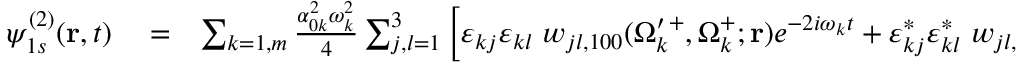
\begin{array} { r l r } { \psi _ { 1 s } ^ { ( 2 ) } ( \mathbf { r } , t ) } & { { } = } & { \sum _ { k = 1 , m } \frac { \alpha _ { 0 k } ^ { 2 } \omega _ { k } ^ { 2 } } { 4 } \sum _ { j , l = 1 } ^ { 3 } \left[ \varepsilon _ { k j } \varepsilon _ { k l } \; w _ { j l , 1 0 0 } ( \Omega _ { k } ^ { \prime \, + } , \Omega _ { k } ^ { + } ; \mathbf { r } ) e ^ { - 2 i \omega _ { k } t } + \varepsilon _ { k j } ^ { * } \varepsilon _ { k l } ^ { * } \; w _ { j l , 1 0 0 } ( \Omega _ { k } ^ { \prime \, - } , \Omega _ { k } ^ { - } ; \mathbf { r } ) e ^ { 2 i \omega _ { k } t } \right. } \end{array}